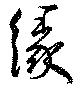
縁